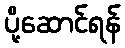
ပို့ဆောင်ရန်